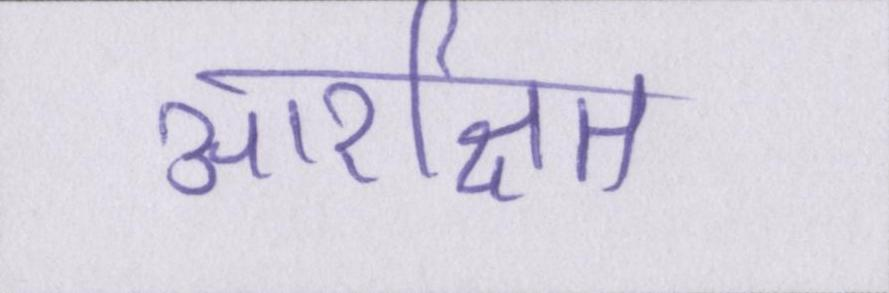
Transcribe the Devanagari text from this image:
आरक्षित